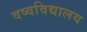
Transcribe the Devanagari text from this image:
वष्वविद्यालय